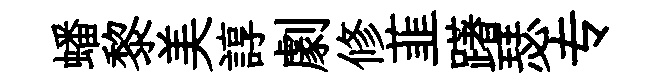
蟠黎美諄劇修韮躇瑟专